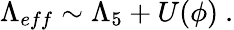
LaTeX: \Lambda_{eff}\sim\Lambda_{5}+U(\phi)\ .